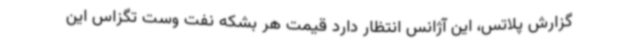
گزارش پلاتس، این آژانس انتظار دارد قیمت هر بشکه نفت وست تگزاس این